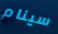
سينام